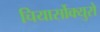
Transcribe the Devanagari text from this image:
चियार्सोक्युरो